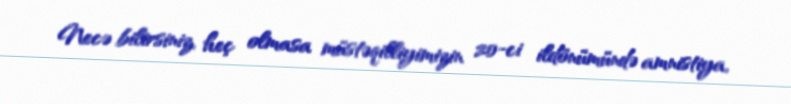
Necə bilirsiniz, heç olmasa müstəqilliyimizin 20-ci ildönümündə amnistiya,